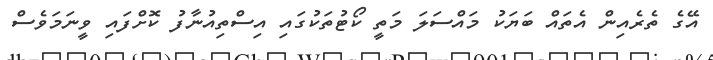
އޭގެ ތެރެއިން އެތައް ބަޔަކު މައްސަލަ މަތީ ކޯޓުތަކުގައި އިސްތިއުނާފު ކޮށްފައި ވީނަމަވެސް